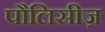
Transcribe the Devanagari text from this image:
पौलिसीज़